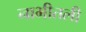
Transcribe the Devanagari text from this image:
नाभीतली